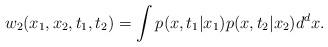
LaTeX: \begin{align*}w_2 (x_1,x_2,t_1,t_2) = \int p(x,t_1|x_1) p(x,t_2|x_2)d^d x.\end{align*}